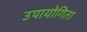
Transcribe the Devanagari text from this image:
उपायोगिता